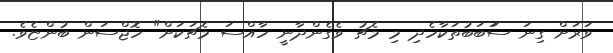
ވަރަށް ގިނަ ސަަބަބުތަކާހެދި މި މެޗު ވެގެންދާނީ ހާއްސަ މެޗަކަށް" ހޮޖްސަން ބުންޏެވެ.